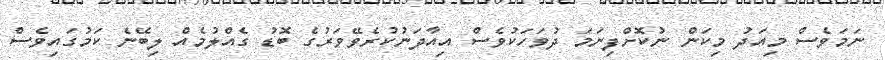
ނަމަވެސް މިއަދު މިކަން ނުކޮށްފިނަމަ ދުވަހަކުވެސް އިއާދަނުކުރެވޭވަރުގެ ބޮޑު ގެއްލުމެއް ލިބޭނެ ކަމުގައިވެސް